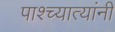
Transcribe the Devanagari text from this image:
पाश्च्यात्यांनी